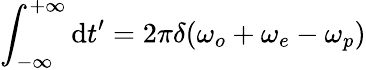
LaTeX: \int_{-\infty}^{+\infty}\mathrm{d}t^{\prime}=2\pi\delta(\omega_{o}+\omega_{e}-\omega_{p})